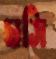
ঘসি